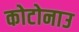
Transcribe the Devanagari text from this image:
कोटोनाउ